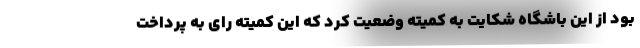
بود از این باشگاه شکایت به کمیته وضعیت کرد که این کمیته رای به پرداخت